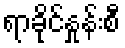
ရာခိုင်နှုန်းစီ